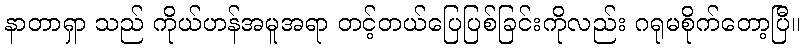
နာတာရှာ သည် ကိုယ်ဟန်အမူအရာ တင့်တယ်ပြေပြစ်ခြင်းကိုလည်း ဂရုမစိုက်တော့ပြီ။